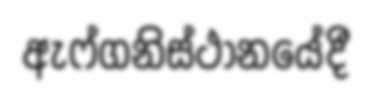
ඇෆ්ගනිස්ථානයේදී